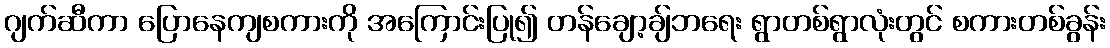
ဂျက်ဆီကာ ပြောနေကျစကားကို အကြောင်းပြု၍ တန်ချော့ချ်ဘရေး ရွာတစ်ရွာလုံးတွင် စကားတစ်ခွန်း